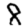
Digit: 8